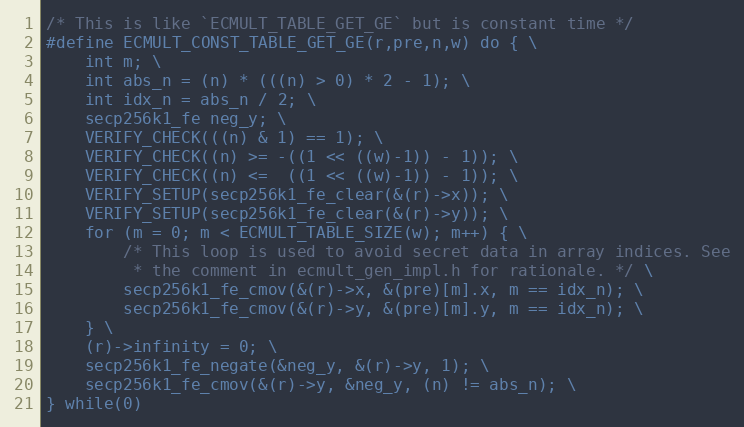
Language: C
/* This is like `ECMULT_TABLE_GET_GE` but is constant time */
#define ECMULT_CONST_TABLE_GET_GE(r,pre,n,w) do { \
    int m; \
    int abs_n = (n) * (((n) > 0) * 2 - 1); \
    int idx_n = abs_n / 2; \
    secp256k1_fe neg_y; \
    VERIFY_CHECK(((n) & 1) == 1); \
    VERIFY_CHECK((n) >= -((1 << ((w)-1)) - 1)); \
    VERIFY_CHECK((n) <=  ((1 << ((w)-1)) - 1)); \
    VERIFY_SETUP(secp256k1_fe_clear(&(r)->x)); \
    VERIFY_SETUP(secp256k1_fe_clear(&(r)->y)); \
    for (m = 0; m < ECMULT_TABLE_SIZE(w); m++) { \
        /* This loop is used to avoid secret data in array indices. See
         * the comment in ecmult_gen_impl.h for rationale. */ \
        secp256k1_fe_cmov(&(r)->x, &(pre)[m].x, m == idx_n); \
        secp256k1_fe_cmov(&(r)->y, &(pre)[m].y, m == idx_n); \
    } \
    (r)->infinity = 0; \
    secp256k1_fe_negate(&neg_y, &(r)->y, 1); \
    secp256k1_fe_cmov(&(r)->y, &neg_y, (n) != abs_n); \
} while(0)